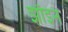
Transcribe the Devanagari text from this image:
झाँइन